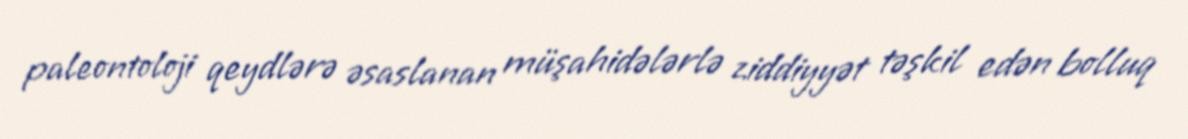
paleontoloji qeydlərə əsaslanan müşahidələrlə ziddiyyət təşkil edən bolluq